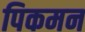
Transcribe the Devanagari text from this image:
पिकमन